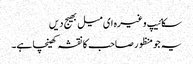
سکائیپ وغیرہ ای میل بھیج دیں
یہ جو منظور صاحب کا نقشہ کھینچا ہے۔